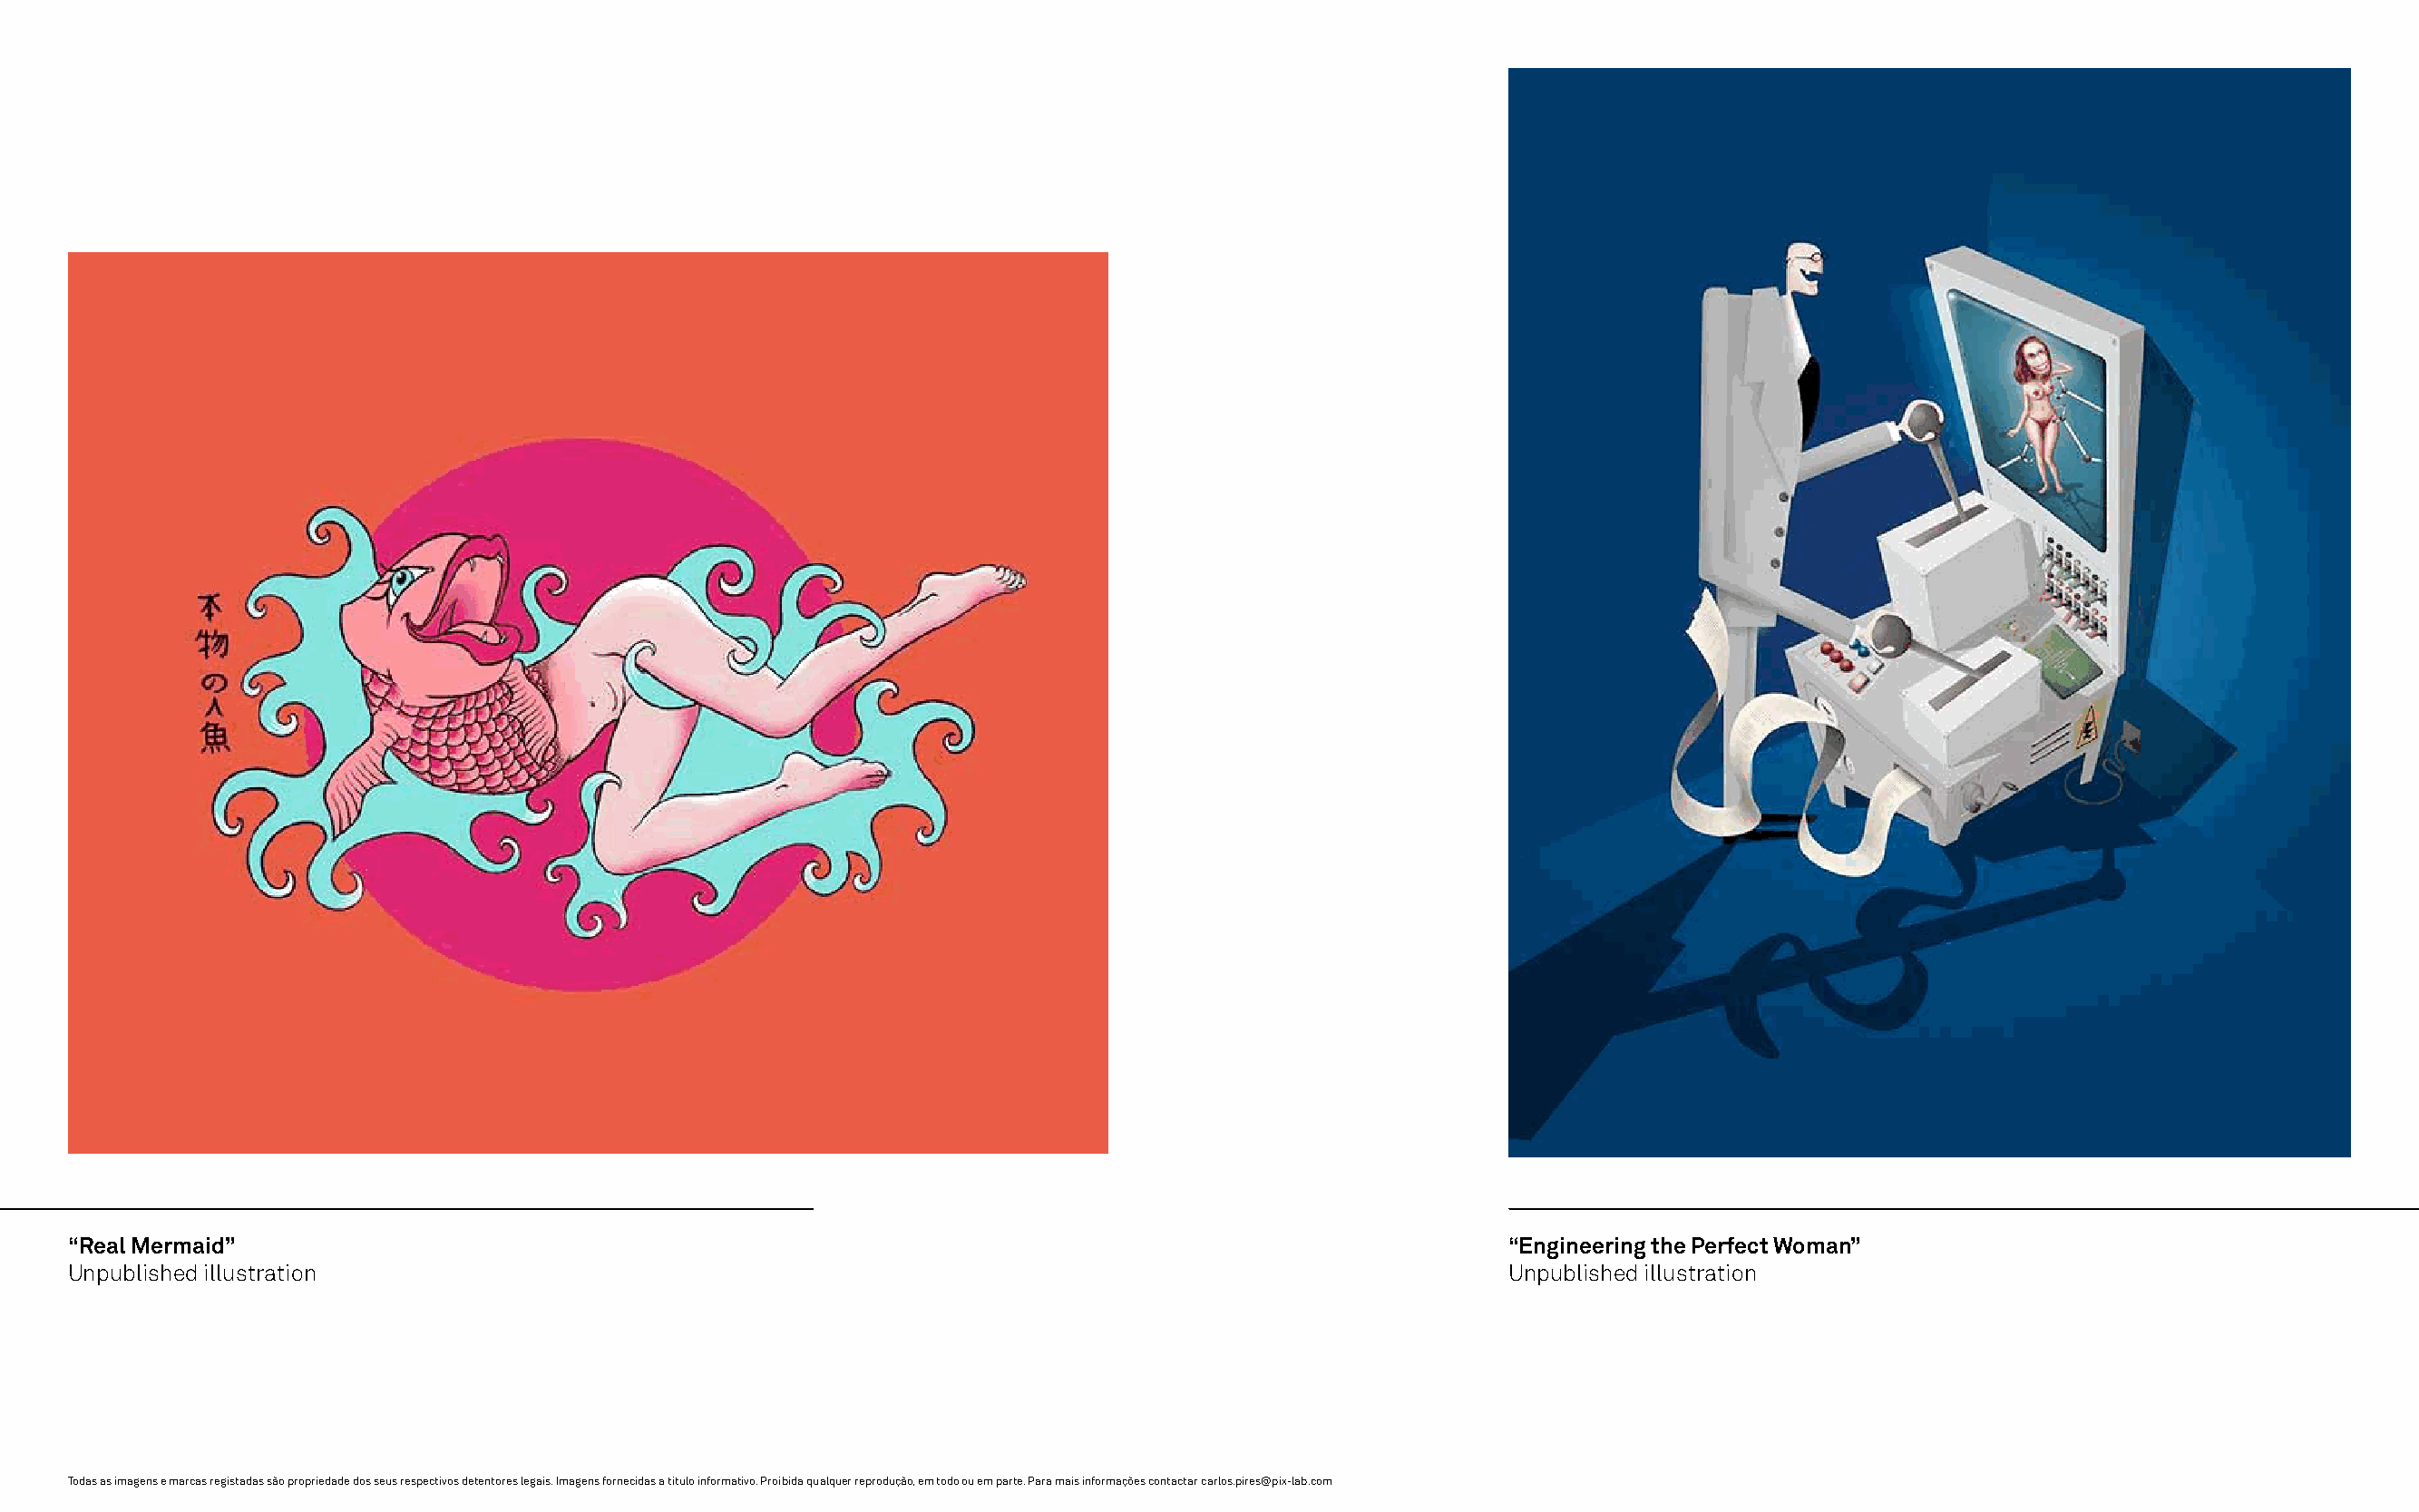
“Real Mermaid”                                                                                           “Engineering the Perfect Woman”
 Unpublished illustration                                                                                 Unpublished illustration
 Todas as imagens e marcas registadas são propriedade dos seus respectivos detentores legais. Imagens fornecidas a título informativo. Proibida qualquer reprodução, em todo ou em parte. Para mais informações contactar carlos.pires@pix-lab.com